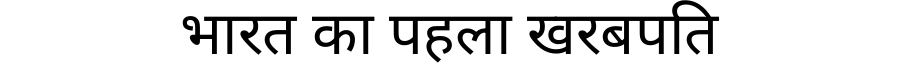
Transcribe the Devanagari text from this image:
भारत का पहला खरबपति